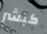
كبشر